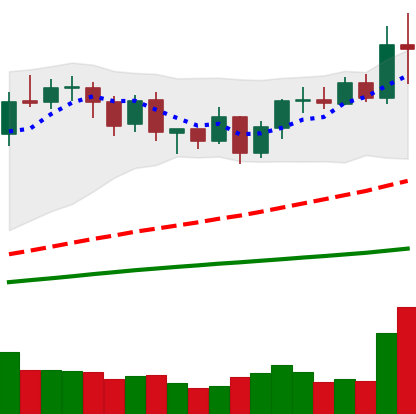
Ticker: BNB-USD
Chart end date: 2020-09-02
Forward return: -9.304%
Label: down_7plus